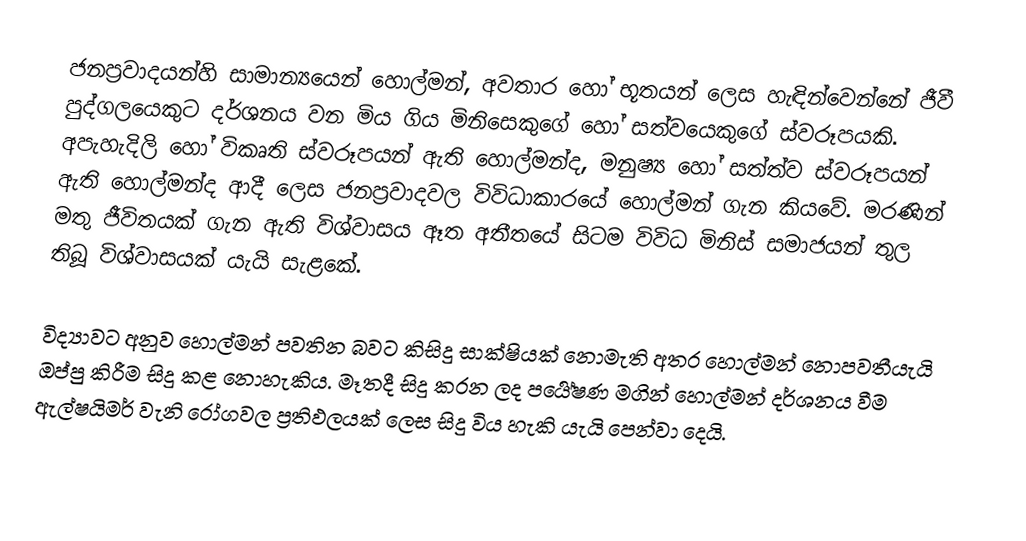
ජනප්‍රවාදයන්හි සාමාන්‍යයෙන් හොල්මන්, අවතාර හෝ භූතයන් ලෙස හැඳින්වෙන්නේ ජීවී පුද්ගලයෙකුට දර්ශනය වන මිය ගිය මිනිසෙකුගේ හෝ සත්වයෙකුගේ ස්වරූපයකි. අපැහැදිලි හෝ විකෘති ස්වරූපයන් ඇති හොල්මන්ද, මනුෂ්‍ය හෝ සත්ත්ව ස්වරූපයන් ඇති හොල්මන්ද ආදී ලෙස ජනප්‍රවාදවල විවිධාකාරයේ හොල්මන් ගැන කියවේ. මරණින් මතු ජීවිතයක් ගැන ඇති විශ්වාසය ඈත අතීතයේ සිටම විවිධ මිනිස් සමාජයන් තුල තිබූ විශ්වාසයක් යැයි සැළකේ.

විද්‍යාවට අනුව හොල්මන් පවතින බවට කිසිදු සාක්ෂියක් නොමැති අතර හොල්මන් නොපවතීයැයි ඔප්පු කිරීම සිදු කළ නොහැකිය. මෑතදී සිදු කරන ලද පර්‍යේෂණ මගින් හොල්මන් දර්ශනය වීම ඇල්ෂයිමර් වැනි රෝගවල ප්‍රතිඵලයක් ලෙස සිදු විය හැකි යැයි පෙන්වා දෙයි.